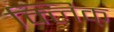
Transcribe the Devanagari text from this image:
क्लिक्